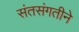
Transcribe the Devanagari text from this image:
संतसंगतीने